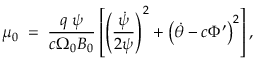
\mu _ { 0 } \; = \; \frac { q \; \psi } { c \Omega _ { 0 } B _ { 0 } } \left[ \left( \frac { \dot { \psi } } { 2 \psi } \right) ^ { 2 } + \left( \dot { \theta } - c \Phi ^ { \prime } \right) ^ { 2 } \right] ,